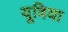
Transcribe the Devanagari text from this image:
यूविया